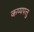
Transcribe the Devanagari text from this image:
कप्पपत्तु